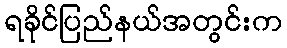
ရခိုင်ပြည်နယ်အတွင်းက